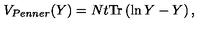
V _ { P e n n e r } ( Y ) = N t \mathrm { T r } \left( \ln Y - Y \right) ,